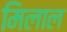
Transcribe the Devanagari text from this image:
मिलाल